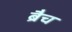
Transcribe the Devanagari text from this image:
ब्रैच